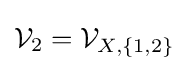
{\mathcal {V}}_{2}={\mathcal {V}}_{X,\{1,2\}}